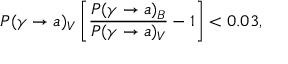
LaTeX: P ( \gamma \rightarrow a ) _ { V } \left[ { \frac { P ( \gamma \rightarrow a ) _ { B } } { P ( \gamma \rightarrow a ) _ { V } } } - 1 \right] < 0 . 0 3 ,